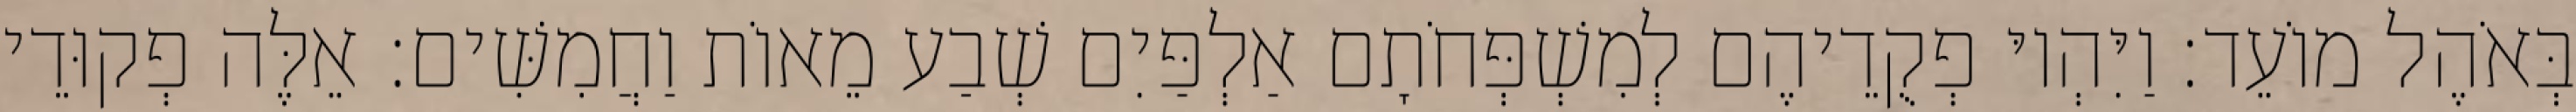
בְּאֹהֶל מוֹעֵד׃ וַיִּהְיוּ פְקֻדֵיהֶם לְמִשְׁפְּחֹתָם אַלְפַּיִם שְׁבַע מֵאוֹת וַחֲמִשִּׁים׃ אֵלֶּה פְקוּדֵי